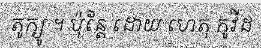
តូក្យូ ។ ប៉ុន្តែ ដោយ ហេតុ កូវីដ